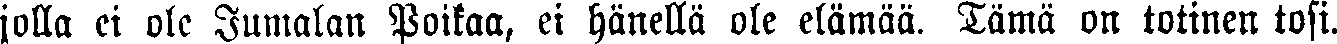
jolla ei ole Jumalan Poikaa, ei hänellä ole elämää. Tämä on totinen tosi.